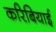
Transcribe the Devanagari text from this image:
करिबियाई